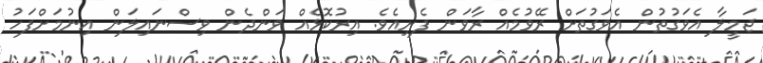
ޖަމީލާ އެވަގުތުން އެވަގުތަށް ރޭވުމެއް ރާވަން ފެށިއެވެ. އިރުކޮޅެއް ވަންދެން ވިސްނައިލަން އިނުމަށްފަހު